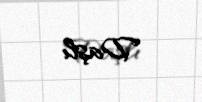
Daşlı